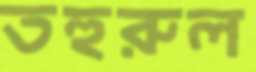
তহুরুল